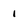
Character: 1